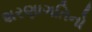
શરણાગતિનો